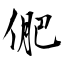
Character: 俷